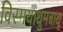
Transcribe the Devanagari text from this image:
विस्मयाथुमबाथू